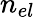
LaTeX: n_{el}